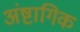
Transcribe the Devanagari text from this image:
अंष्टागिक